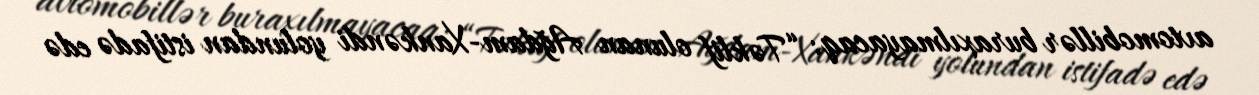
avtomobillər buraxılmayacaq: “Təklif olunan Ağdam-Xankəndi yolundan istifadə edə